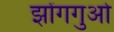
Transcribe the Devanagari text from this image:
झोंगगुओ